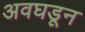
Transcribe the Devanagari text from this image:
अवघडून